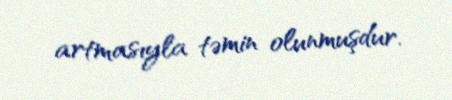
artmasıyla təmin olunmuşdur.